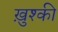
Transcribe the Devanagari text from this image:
ख़ुश्की